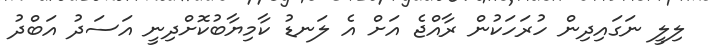
ލިލީ ނަގައިދިން ހުރަހަކުން ރާއްޖެ އަށް އެ ލަނޑު ކާމިޔާބުކޮށްދިނީ އަސަދު އަބްދު